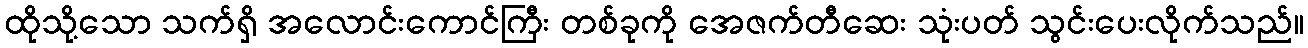
ထိုသို့သော သက်ရှိ အလောင်းကောင်ကြီး တစ်ခုကို အေဇက်တီဆေး သုံးပတ် သွင်းပေးလိုက်သည်။